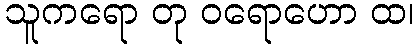
သူကရော တု ဝရောဟော ထ၊